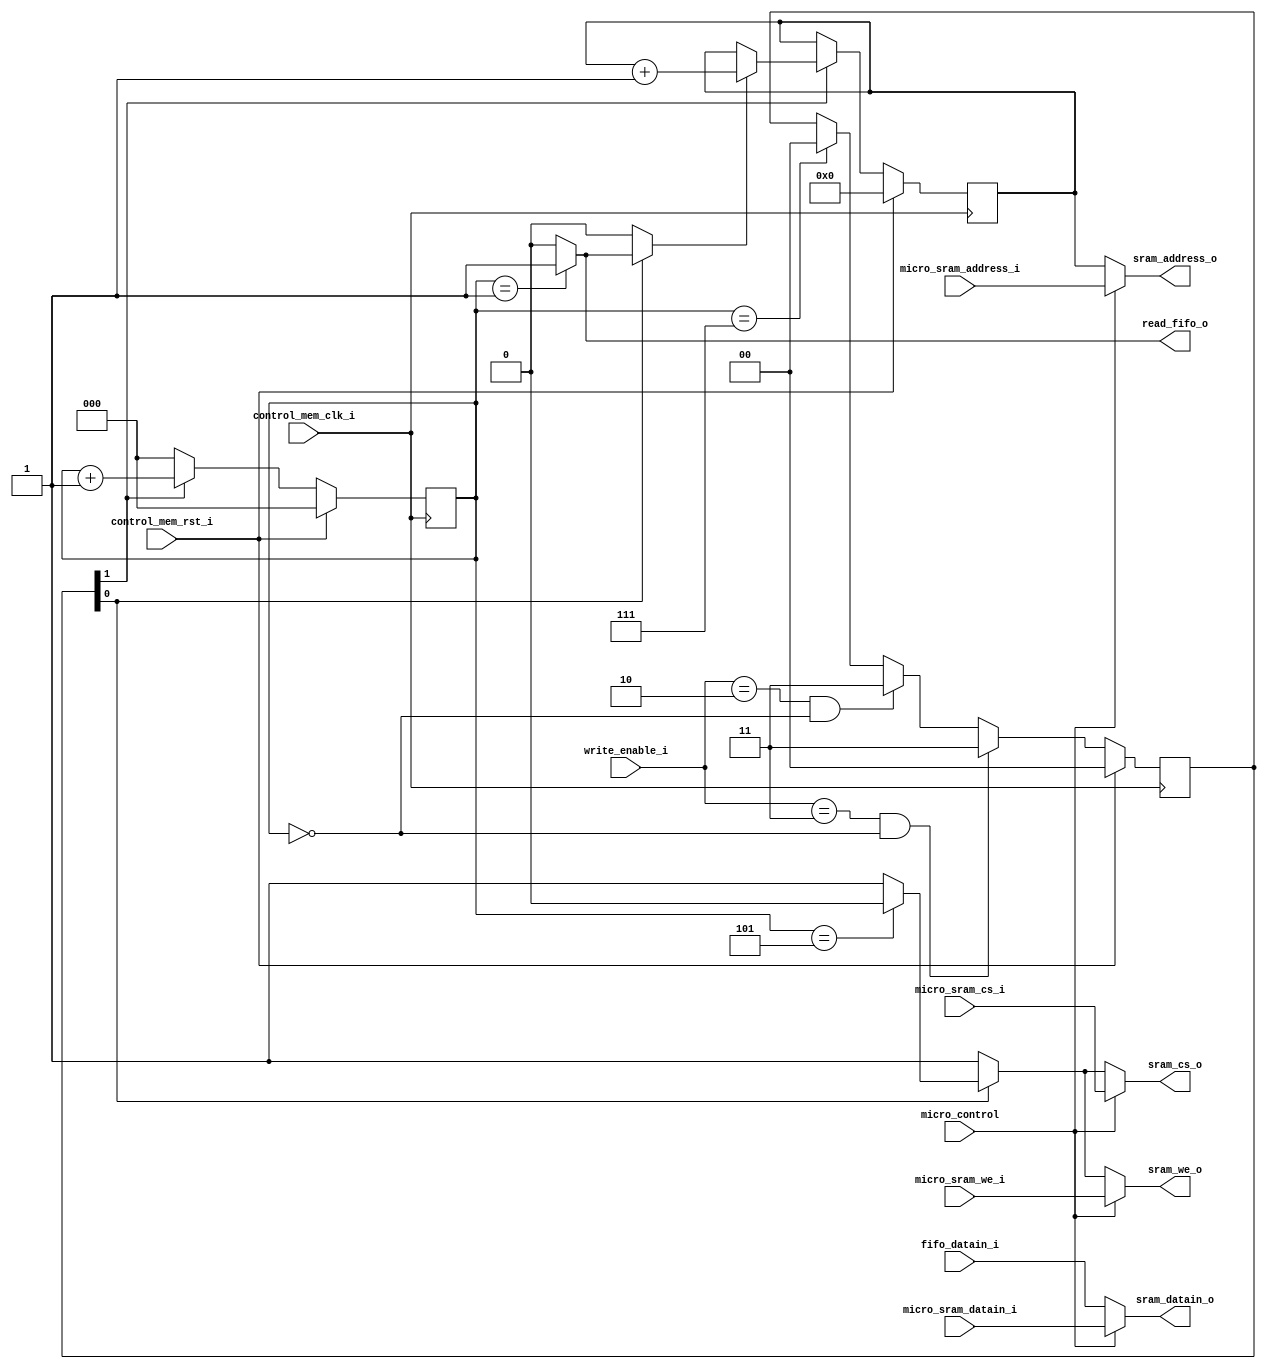
`timescale 1ns / 1ps

module control_sram #(parameter ADDRESS_WIDTH =13, DATA_WIDTH=32)(control_mem_clk_i, control_mem_rst_i, micro_sram_address_i, micro_sram_datain_i, 
					micro_sram_cs_i, micro_sram_we_i, micro_control, write_enable_i, fifo_datain_i, read_fifo_o, sram_address_o,
					sram_datain_o, sram_cs_o, sram_we_o);
					
input							control_mem_clk_i;
input							control_mem_rst_i;
//------------------------------------------------------------------------------
input  		[ADDRESS_WIDTH-1:0]	micro_sram_address_i;//----SEAL MICROPROCESADOR
input 		[DATA_WIDTH-1:0]	micro_sram_datain_i;//-----SEAL MICROPROCESADOR
input  							micro_sram_cs_i;//---------SEAL MICROPROCESADOR
input 							micro_sram_we_i;//---------SEAL MICROPROCESADOR
//------------------------------------------------------------------------------
input							micro_control; //INDICA SI MICRO CONTROLA ESCRITURA 1-INIT 0-MICROPROCESADOR
input		[1:0]				write_enable_i; //----INDICA ESCRITURA HABILITADA
//------------------------------------------------------------------------------
input 		[DATA_WIDTH-1:0]	fifo_datain_i;//------FIFO CONTROL
output reg						read_fifo_o; //-------FIFO CONTROL
//------------------------------------------------------------------------------
output wire [ADDRESS_WIDTH-1:0]	sram_address_o;//----SRAM CONTROL
output wire	[DATA_WIDTH-1:0]	sram_datain_o;//-----SRAM CONTROL
output wire 					sram_cs_o;//---------SRAM CONTROL
output wire						sram_we_o;//---------SRAM CONTROL

reg [ADDRESS_WIDTH-1:0]	sram_address;
reg						sram_cs;
reg						sram_we;

assign sram_address_o 	= (!micro_control) ?  sram_address : micro_sram_address_i;
assign sram_datain_o  	= (!micro_control) ?  fifo_datain_i  : micro_sram_datain_i;
assign sram_cs_o 		= (!micro_control) ?  sram_cs      : micro_sram_cs_i;
assign sram_we_o 		= (!micro_control) ?  sram_we      : micro_sram_we_i;


reg	[2:0]	write_init_counter;
reg 		address_count_en;
reg [1:0]	write_enable;

always@(negedge control_mem_clk_i)begin
	if(control_mem_rst_i)begin
		write_enable = 2'b00;
	end
	else begin
		if (write_enable_i == 2'b11 && write_init_counter == 3'd0) begin
			write_enable = 2'b11;
		end
		else begin
			if (write_enable_i == 2'b10 && write_init_counter == 3'd0) begin
				write_enable = 2'b11;
			end
			else begin
				if(write_init_counter == 3'd7)begin
					write_enable = 2'b00;
				end
				else begin
					write_enable = write_enable;
				end
			end
		end	
	end
end




//*****************Conteo de posiciones de memoria spi_init*****************************
always@(negedge control_mem_clk_i)begin
	if(control_mem_rst_i)begin
		write_init_counter = 2'b00;
		sram_address	= 32'd0;
	end
	else begin
		if(write_enable[1])begin
			write_init_counter = write_init_counter + 3'd1;
			if(address_count_en) begin
				sram_address = sram_address + 1'd1;
			end
			else begin
				sram_address = sram_address;
			end
		end
		else if(!write_enable[1]) begin
			write_init_counter = 3'b000;
		end
	end
end


always@* begin
	read_fifo_o = 1'b0;/////cambiar a 0
	address_count_en = 1'b0;
	sram_cs = 1'b1; 
	sram_we = 1'b1;
	if(write_enable[0])begin
		case(write_init_counter)
			3'd0: begin read_fifo_o=1'b0; address_count_en = 1'b0; end
			3'd1: begin read_fifo_o=1'b1; address_count_en = 1'b1; end
			3'd2: begin read_fifo_o=1'b0; address_count_en = 1'b0; end
			3'd5: begin sram_cs = 0; sram_we = 0; end
			3'd6: begin sram_cs = 1; sram_we = 1; end
		endcase
	end
	else if(!write_enable[0])begin
		case(write_init_counter)
			3'd0: begin read_fifo_o=1'b0; end
			3'd1: begin read_fifo_o=1'b1; end
			3'd2: begin read_fifo_o=1'b0; end
		endcase
	end
	
end




endmodule